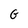
Character: G